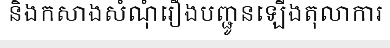
និងកសាងសំណុំរឿងបញ្ជូនឡើងតុលាការ